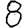
Digit: 8